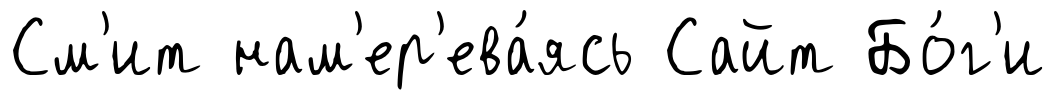
См'ит нам'ер'ева́ясь Сайт Бо́г'и